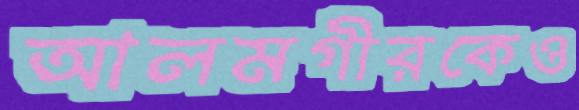
আলমগীরকেও